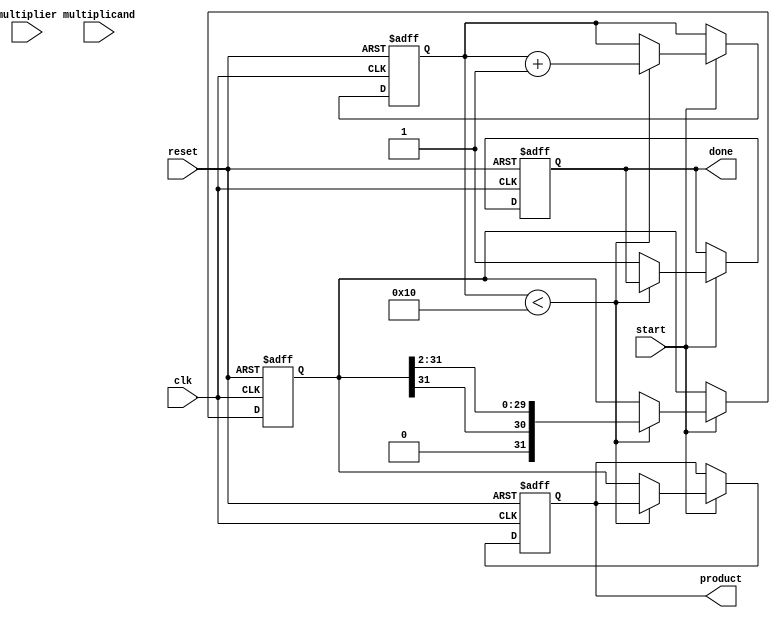
module booth_multiplier (
    input wire clk,
    input wire reset,
    input wire start,
    input wire signed [15:0] multiplicand, // A
    input wire signed [15:0] multiplier,    // Q
    output reg signed [31:0] product,       // Product output
    output reg done
);

    reg signed [15:0] A;      // Multiplicand
    reg signed [15:0] Q;      // Multiplier
    reg Q_1;                  // Previous bit of Q
    reg signed [31:0] M;      // Accumulator
    reg [4:0] count;          // Bit counter

    always @(posedge clk or posedge reset) begin
        if (reset) begin
            A <= multiplicand;
            Q <= multiplier;
            Q_1 <= 0;
            M <= 0;
            count <= 0;
            product <= 0;
            done <= 0;
        end else if (start) begin
            if (count < 16) begin
                case ({Q[0], Q_1}) // Analyze last two bits
                    2'b01: M <= M + A;      // Add A to M
                    2'b10: M <= M - A;      // Subtract A from M
                    2'b00: M <= M;          // No operation
                    2'b11: M <= M;          // No operation
                endcase

                // Right shift M and Q
                {M, Q} <= {M[31], M[31:1], Q[15:1]}; // Shift M and Q together
                Q_1 <= Q[0]; // Update Q_1 with last bit of Q
                count <= count + 1; // Increment count
            end else begin
                product <= M; // Store final product
                done <= 1;    // Indicate operation is complete
            end
        end
    end
endmodule